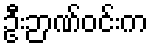
ဦးဉာဏ်ဝင်းက